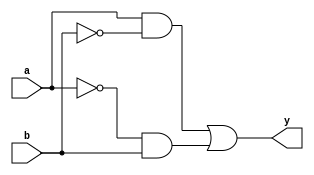
module xor_gate (
  input a, // input signal a
  input b, // input signal b
  output y // output signal y
);

assign y = a & ~b | ~a & b; // XOR gate using transmission gates

endmodule